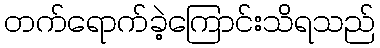
တက်ရောက်ခဲ့ကြောင်းသိရသည်